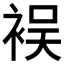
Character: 𮖅